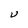
Character: U